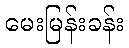
မေးမြန်းခန်း